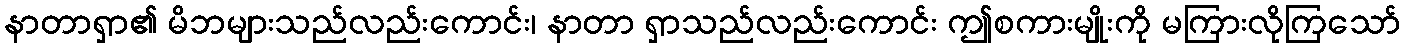
နာတာရှာ၏ မိဘများသည်လည်းကောင်း၊ နာတာ ရှာသည်လည်းကောင်း ဤစကားမျိုးကို မကြားလိုကြသော်